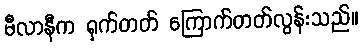
မီလာနီက ရှက်တတ် ကြောက်တတ်လွန်းသည်။